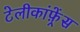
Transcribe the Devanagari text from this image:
टेलीकांफ़्रेंस